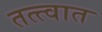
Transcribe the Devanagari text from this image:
तत्त्वात